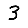
Digit: 3